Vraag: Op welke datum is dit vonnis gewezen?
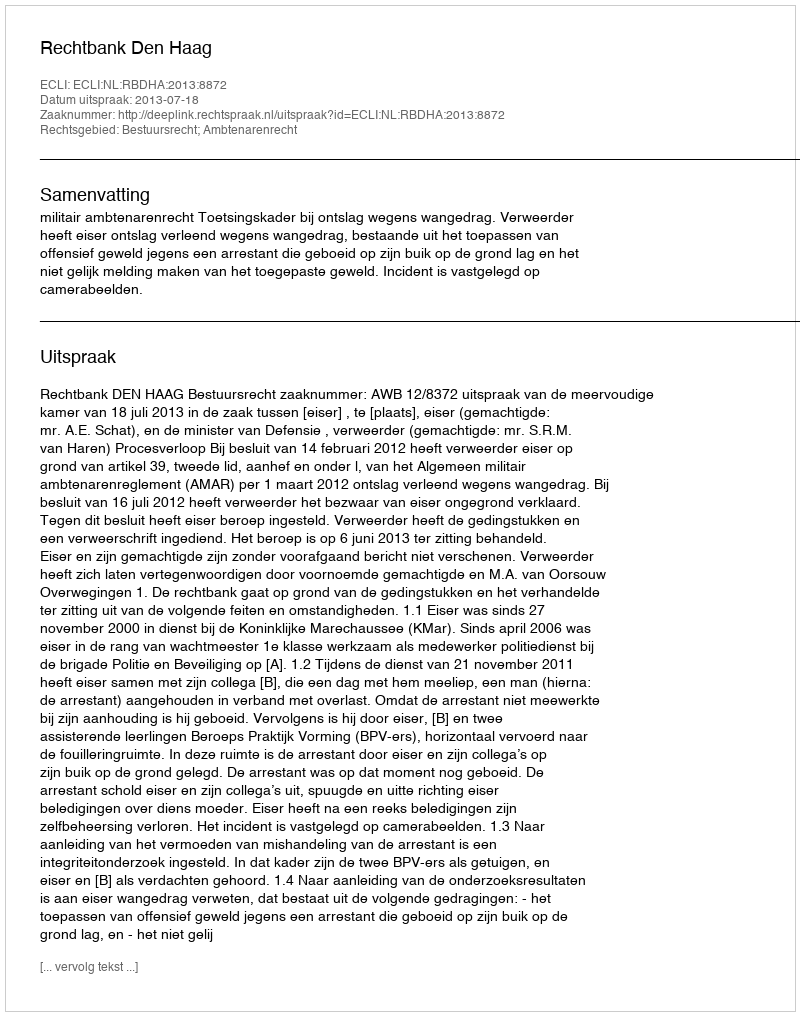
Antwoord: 2013-07-18